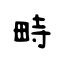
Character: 畤